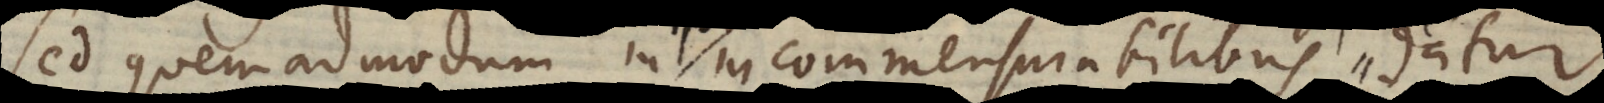
sed quemadmodum in incommensurabilibus datur